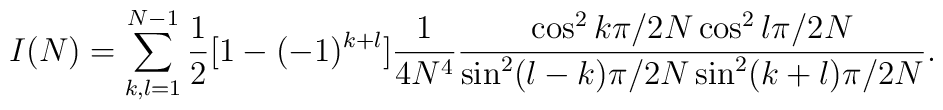
I(N)= \sum_{k,l=1}^{N-1} \frac{1}{2}[1-(-1)^{k+l}] \frac{1}{4N^4}\frac{\cos^2 k \pi/2N \cos^2 l \pi/2N}{\sin^2 (l-k) \pi/2N\sin^2 (k+l) \pi/2N}.